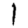
Digit: 1